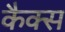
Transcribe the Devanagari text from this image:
कैक्स